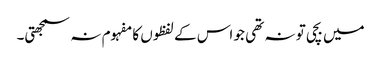
میں بچی تو نہ تھی جو اس کے لفظوں کا مفہوم نہ سمجھتی۔